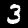
Label: 3